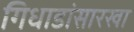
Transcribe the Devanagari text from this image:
गिधाडांसारखा